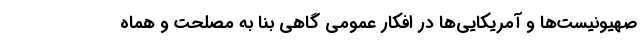
صهیونیست‌ها و آمریکایی‌ها در افکار عمومی گاهی بنا به مصلحت و هماه